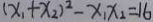
( x _ { 1 } + x _ { 2 } ) ^ { 2 } - x _ { 1 } x _ { 2 } = 1 6